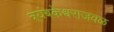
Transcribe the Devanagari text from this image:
त्र्यंबकेश्वराजवळ